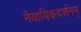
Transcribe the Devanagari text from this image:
नैयायिकदर्शनम्